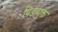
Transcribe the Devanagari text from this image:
पिडामुक्त